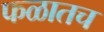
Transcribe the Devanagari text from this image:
फळातच